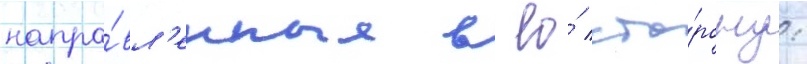
напра́вл'енные в ео́ сто́рону: